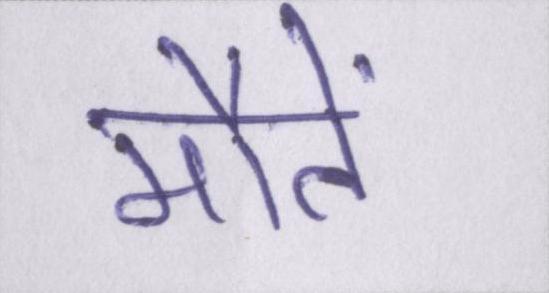
मौतें